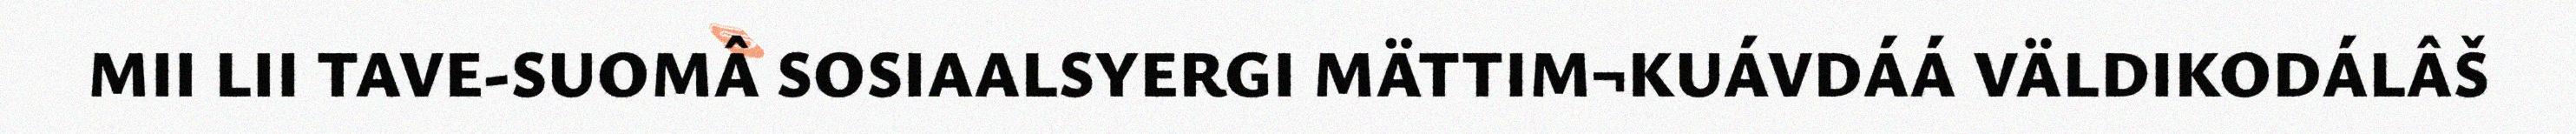
MII LII TAVE-SUOMÂ SOSIAALSYERGI MÄTTIM¬KUÁVDÁÁ VÄLDIKODÁLÂŠ